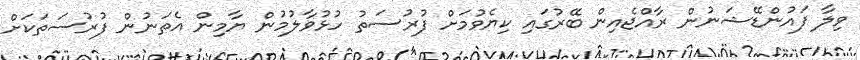
ވިލާ ފައުންޑޭޝަނުން ރާއްޖެއިން ބޭރުގައި ކިޔެވުމަށް ފުރުސަތު ހުޅުވާލުމުން ޔާމިން އެތަނުން ފުުރުސަތަކަށް